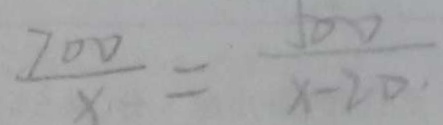
\frac { 7 0 0 } { x } = \frac { 5 0 0 } { x - 2 0 }